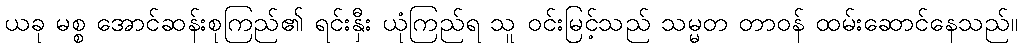
ယခု မစ္စ အောင်ဆန်းစုကြည်၏ ရင်းနှီး ယုံကြည်ရ သူ ဝင်းမြင့်သည် သမ္မတ တာဝန် ထမ်းဆောင်နေသည်။